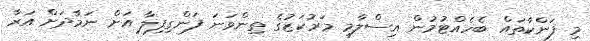
މި ފަންކާތައް ބެހެއްޓުމުން އިސްލާމީ މަރުކަޒުގެ ތިންވަނަ ފަންގިފިލާ އަށް ނަމާދަށް އަރާ